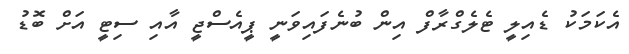
އެކަމަކު ޑެއިލީ ޓެލެގްރާފް އިން ބުނެފައިވަނީ ޕީއެސްޖީ އާއި ސިޓީ އަށް ބޮޑު